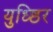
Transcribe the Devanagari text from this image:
युध्ष्ठिर